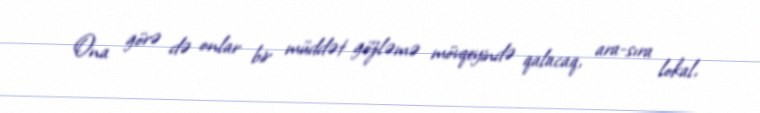
Ona görə də onlar bir müddət gözləmə mövqeyində qalacaq, ara-sıra lokal,